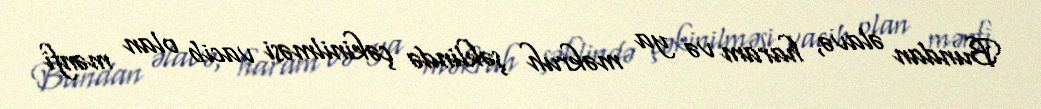
Bundan əlavə, haram və ya məkruh şəklində çəkinilməsi vacib olan mənfi